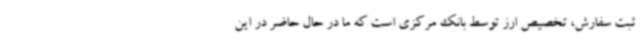
ثبت سفارش، تخصیص ارز توسط بانک مرکزی است که ما در حال حاضر در این